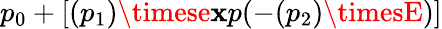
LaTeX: p_{0}+[(p_{1})\timese\mathbf{x}p(-(p_{2})\timesE)]